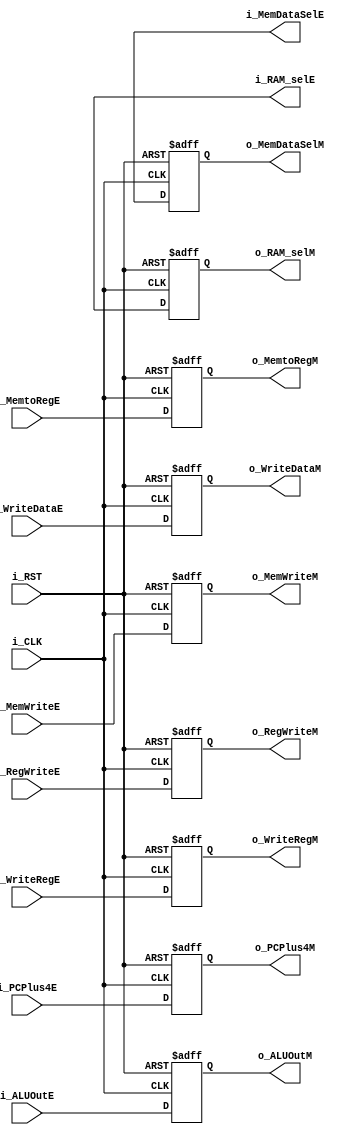
module execute_to_memory_reg #(
    parameter DATA_WIDTH = 32,  
    parameter ADDRESS_WIDTH = 32, // Defines the number of bits for the memory address
    parameter RF_ADDR_WIDTH = 5, 
    parameter INSTR_WIDTH = 32  // Defines the number of bits for the instruction
) (
    input   wire                       i_CLK,
    input   wire                       i_RST,
    input   wire  [DATA_WIDTH-1:0]     i_ALUOutE,
    input   wire  [DATA_WIDTH-1:0]     i_WriteDataE, 
    input   wire  [RF_ADDR_WIDTH-1:0]  i_WriteRegE,
    input   wire  [ADDRESS_WIDTH-1:0]  i_PCPlus4E,
    output  reg   [DATA_WIDTH-1:0]     o_ALUOutM,
    output  reg   [DATA_WIDTH-1:0]     o_WriteDataM, 
    output  reg   [RF_ADDR_WIDTH-1:0]  o_WriteRegM,
    output  reg   [ADDRESS_WIDTH-1:0]  o_PCPlus4M,
    // Control Signals
    input   wire                       i_RegWriteE,
    input   wire  [1:0]                i_MemtoRegE,
    input   wire                       i_MemWriteE,
    output  reg                        o_RegWriteM,
    output  reg   [1:0]                o_MemtoRegM,
    output  reg                        o_MemWriteM,
    output 	reg   [2:0]                i_MemDataSelE,	
    output 	reg   [2:0]                o_MemDataSelM,
	output  reg   [1:0]	               i_RAM_selE,	
	output  reg   [1:0]	               o_RAM_selM	
);

    always @(posedge i_CLK or negedge i_RST) begin
        if (~i_RST) begin
            o_ALUOutM <= 'b0;
            o_WriteDataM <= 'b0;
            o_WriteRegM <= 'b0;
            o_RegWriteM <= 'b0;
            o_MemtoRegM <= 'b0;
            o_MemWriteM <= 'b0;
            o_PCPlus4M <= 'b0 ;
			o_MemDataSelM <= 'b0;
			o_RAM_selM <= 'b0;
        end
        else begin
            o_ALUOutM  <= i_ALUOutE;
            o_WriteDataM <= i_WriteDataE;
            o_WriteRegM <= i_WriteRegE;
            o_RegWriteM <= i_RegWriteE;
            o_MemtoRegM <= i_MemtoRegE;
            o_MemWriteM <= i_MemWriteE;
            o_PCPlus4M <= i_PCPlus4E;
			o_MemDataSelM <= i_MemDataSelE;
			o_RAM_selM <= i_RAM_selE;
        end
    end
endmodule